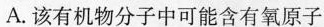
A.该有机物分子中可能含有氧原子